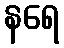
နရေ